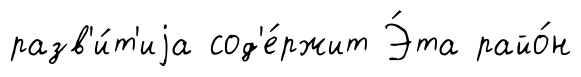
разв'и́т'иjа сод'е́ржит Э́та райо́н